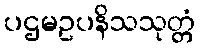
ပဌမဥပနိသသုတ္တံ